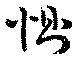
惻